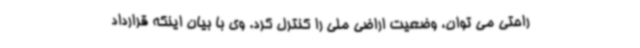
راحتی می توان، وضعیت اراضی ملی را کنترل کرد. وی با بیان اینکه قرارداد